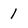
Character: l